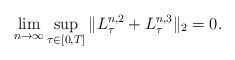
LaTeX: \begin{align*} \lim_{n\rightarrow \infty} \sup_{\tau\in [0,T]} \| L^{n,2}_\tau +L^{n,3}_\tau \|_2=0. \end{align*}